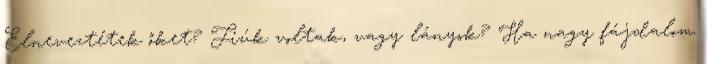
Elneveztétek őket? Fiúk voltak, vagy lányok? Ha nagy fájdalom